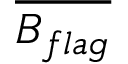
\overline { { B _ { f l a g } } }